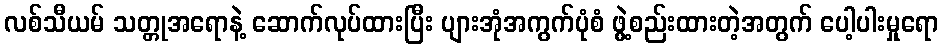
လစ်သီယမ် သတ္တုအရောနဲ့ ဆောက်လုပ်ထားပြီး ပျားအုံအကွက်ပုံစံ ဖွဲ့စည်းထားတဲ့အတွက် ပေါ့ပါးမှုရော